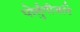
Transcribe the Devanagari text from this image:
पोर्तुगीजांने